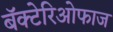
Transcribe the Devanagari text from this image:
बॅक्टेरिओफाज